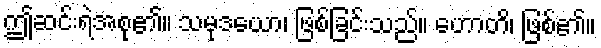
ဤဆင်းရဲအစု၏။ သမုဒယော၊ ဖြစ်ခြင်းသည်။ ဟောတိ၊ ဖြစ်၏။